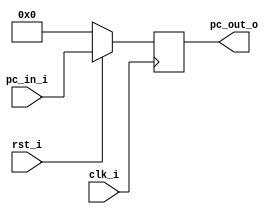
//Subject:     CO project 2 - PC
//--------------------------------------------------------------------------------
//Version:     1
//--------------------------------------------------------------------------------
//Writer:      0616223 0616059
//----------------------------------------------
//Date:        4/27
//----------------------------------------------
//Description: PC
//--------------------------------------------------------------------------------

module ProgramCounter(
    clk_i,
	rst_i,
	pc_in_i,
	pc_out_o
	);
     
//I/O ports
input           clk_i;
input	        rst_i;
input  [32-1:0] pc_in_i;
output [32-1:0] pc_out_o;
 
//Internal Signals
reg    [32-1:0] pc_out_o;
 
//Parameter

    
//Main function
always @(posedge clk_i) begin
    if(~rst_i)
	    pc_out_o <= 0;
	else
	    pc_out_o <= pc_in_i;
end

endmodule